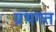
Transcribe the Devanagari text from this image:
ग्रंथगत